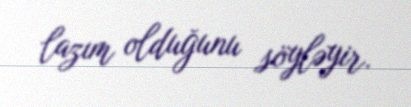
lazım olduğunu söyləyir.